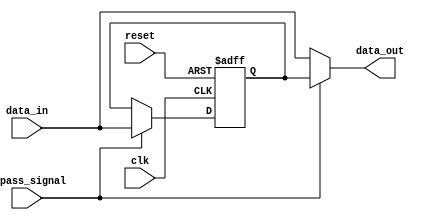
module Simple_Bypass_register (
    input wire clk,
    input wire reset,
    input wire bypass_signal,
    input wire [31:0] data_in,
    output reg [31:0] data_out
);

reg [31:0] bypass_register;

always @ (posedge clk or posedge reset)
begin
    if (reset)
        bypass_register <= 0;
    else if (bypass_signal)
        bypass_register <= data_in;
end

assign data_out = bypass_signal ? bypass_register : data_in;

endmodule